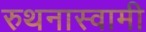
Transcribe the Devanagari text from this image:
रुथनास्वामी